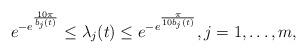
LaTeX: \begin{align*}e^{-e^{\frac{10\pi}{b_{j}(t)}}}\leq \lambda_{j}(t)\leq e^{-e^{\frac{\pi}{10b_{j}(t)}}}, j=1,\dots, m,\end{align*}